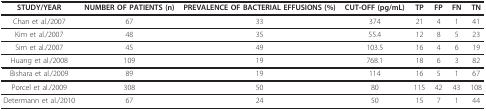
| STUDY/YEAR | NUMBER OF PATIENTS (n) | PREVALENCE OF BACTERIAL EFFUSIONS (%) | CUT-OFF (pg/mL) | TP | FP | FN | TN |
 | --- | --- | --- | --- | --- | --- | --- | --- |
 | Chan et al./2007 | 67 | 33 | 374 | 21 | 4 | 1 | 41 |
 | Kim et al./2007 | 48 | 35 | 55.4 | 12 | 8 | 5 | 23 |
 | Sim et al./2007 | 45 | 49 | 103.5 | 16 | 4 | 6 | 19 |
 | Huang et al./2008 | 109 | 19 | 768.1 | 18 | 6 | 3 | 82 |
 | Bishara et al./2009 | 89 | 19 | 114 | 16 | 5 | 1 | 67 |
 | Porcel et al./2009 | 308 | 50 | 80 | 115 | 42 | 43 | 108 |
 | Determann et al./2010 | 67 | 24 | 50 | 15 | 7 | 1 | 44 |